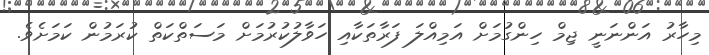
މިހާރު އަންނަނީ ޖިމް ހިންގުމަށް އަމިއްލަ ފަރާތަކާއި ހަވާލުކުރުމަށް މަސަތްކަތް ކުރަމުން ކަމަށެވެ.